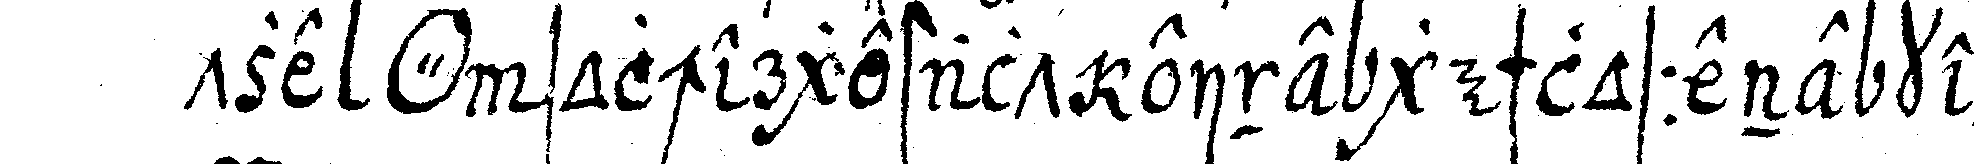
tze *o* solchergestalt eine geschlossene kette